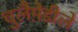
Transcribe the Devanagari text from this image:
चुलैमे़डीले